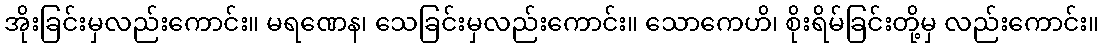
အိုးခြင်းမှလည်းကောင်း။ မရဏေန၊ သေခြင်းမှလည်းကောင်း။ သောကေဟိ၊ စိုးရိမ်ခြင်းတို့မှ လည်းကောင်း။